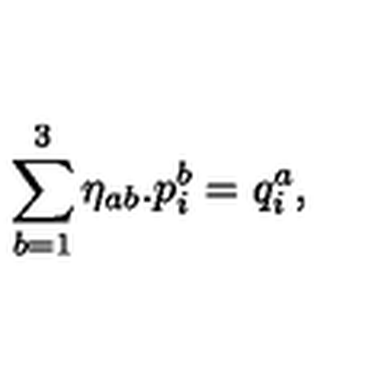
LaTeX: \sum _ { b = 1 } ^ { 3 } \eta _ { a b } . p _ { i } ^ { b } = q _ { i } ^ { a } ,